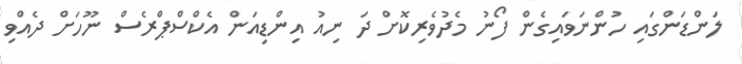
ލަންޑަންގައި ހުންނަވައިގެން ފޯނު މެދުވެރިކޮށް ދަ ނިއު އިންޑިއަން އެކްސްޕްރެސް ނޫހަށް ދެއްވި